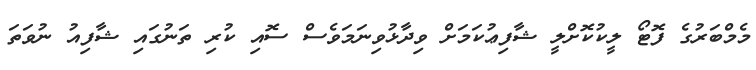
މެމްބަރުގެ ފޮޓޯ ލީކުކޮށްލީ ޝާފިޢުކަމަށް ވިދާޅުވިނަމަވެސް ސޮއި ކުރި ތަނުގައި ޝާފިއު ނުވަތަ